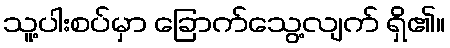
သူ့ပါးစပ်မှာ ခြောက်သွေ့လျက် ရှိ၏။